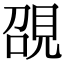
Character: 䙼